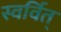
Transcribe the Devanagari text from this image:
स्वर्वित्